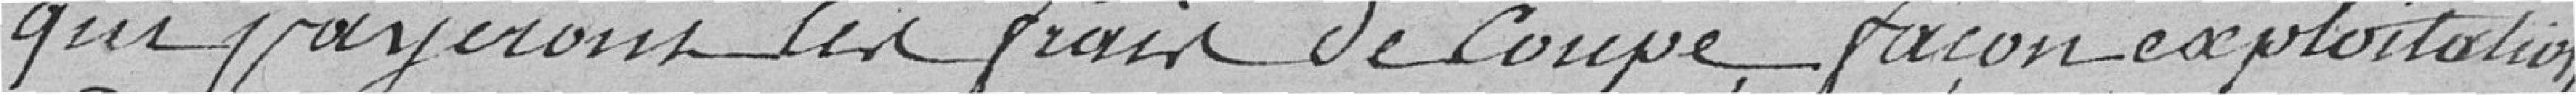
qui payeront les frais de coupe façon exploitation